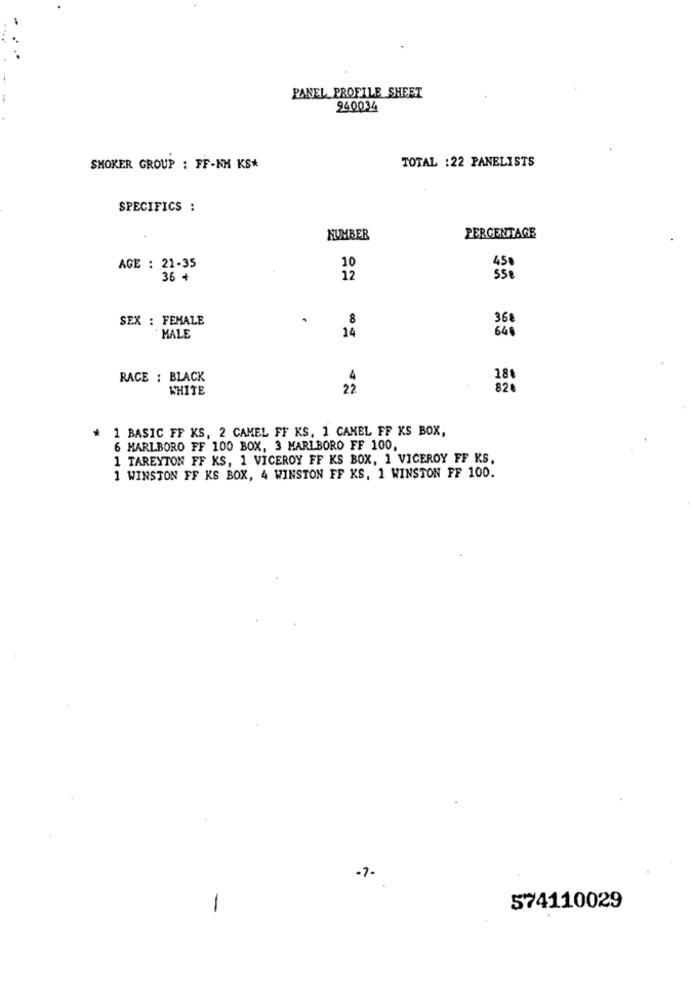
PANEL PROFILE SHEET
940034
TOTAL :22 PANELISTS
SMOKER GROUP : FF-NH KS*
SPECIFICS :
NUMBER
PERCENTAGE
AGE : 21-35
10
36 +
12
SEX : FEMALE
8
MALE
669
14
RACE : BLACK
4
18.
WHITE
22
820
* 1 BASIC FF KS, 2 CAMEL FF KS, 1 CAMEL FF KS BOX,
6 MARLBORO FF 100 BOX, 3 MARLBORO FF 100
1 TAREYTON FF KS, 1 VICEROY FF KS BOX, 1 VICEROY FF KS.
1 WINSTON FF KS BOX, 4 WINSTON FF KS, 1 WINSTON FF 100.
-7-
-
574110029